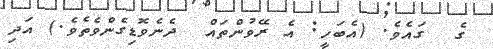
ގެ  ގައެވެ. (އެބަހީ: އެ ރޭވުންތައް  ދެނެވޮޑިގެންވެތެވެ.) އަދި